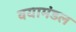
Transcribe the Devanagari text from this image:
वयामंडल